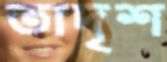
তাদৃশ